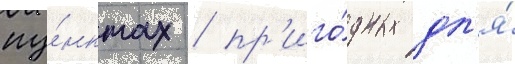
пу́нктах / пр'иго́дных дл'я́